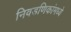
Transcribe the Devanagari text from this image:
निवडणिकांमध्ये